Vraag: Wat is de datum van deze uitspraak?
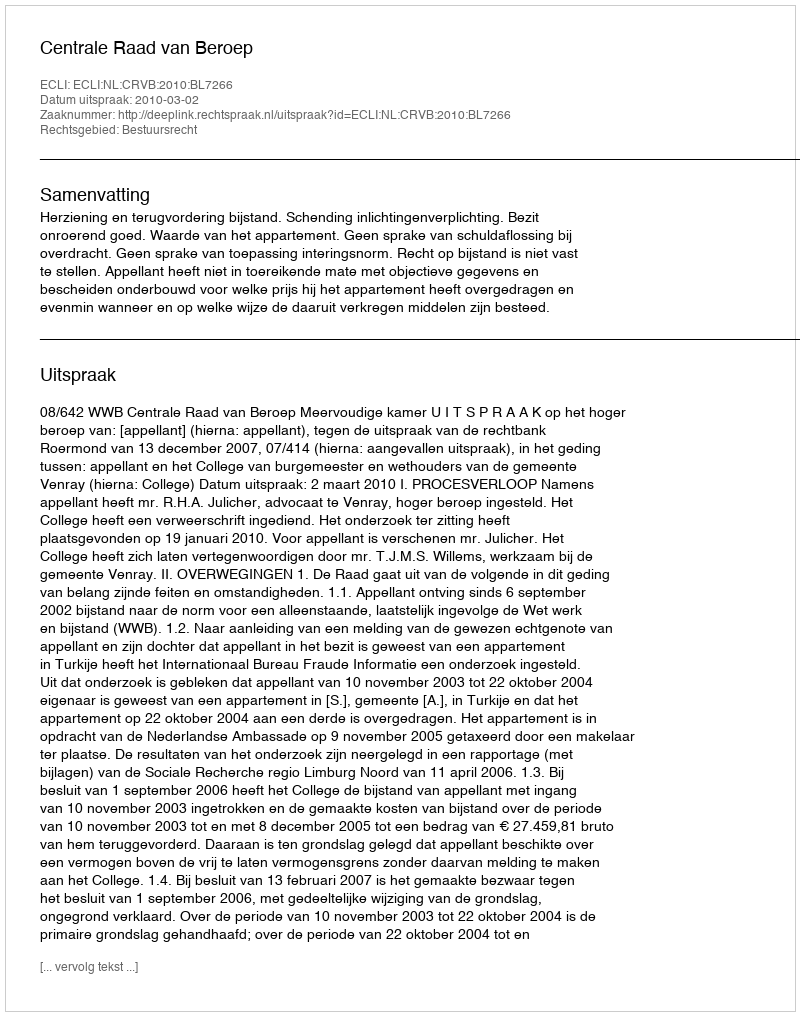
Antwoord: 2010-03-02